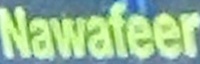
Nawafeer